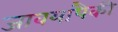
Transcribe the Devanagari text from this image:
जावयापैकी